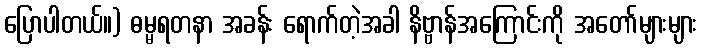
ပြောပါတယ်။) ဓမ္မရတနာ အခန်း ရောက်တဲ့အခါ နိဗ္ဗာန်အကြောင်းကို အတော်များများ